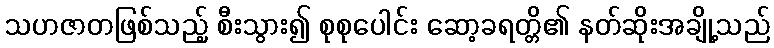
သဟဇာတဖြစ်သည့် စီးသွား၍ စုစုပေါင်း ဆော့ခရတ္တိ၏ နတ်ဆိုးအချို့သည်